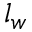
l _ { w }